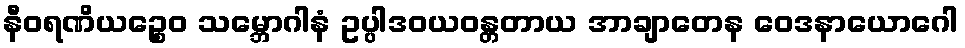
နီဝရဏိယဉ္စေဝ သမ္ဘောဂါနံ ဥပ္ပါဒဝယဝန္တတာယ အာချာတေန ဝေဒနာယောဂေါ